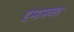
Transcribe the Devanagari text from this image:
इमामबक्ष